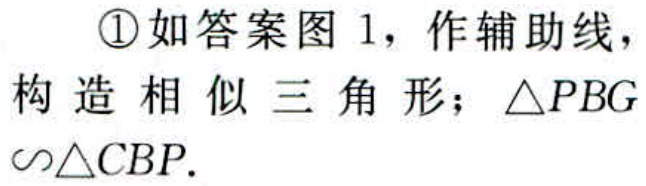
\textcircled{1}如答案图 1，作辅助线，构造相似三角形；$\triangle PBG\sim\triangle CBP$.